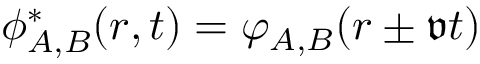
{ \phi } _ { A , B } ^ { * } ( r , t ) = \varphi _ { A , B } ( r \pm \mathfrak { v } t )